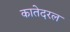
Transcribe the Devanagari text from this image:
कातेदरल